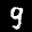
Label: 9